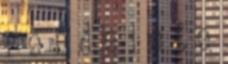
r e n d e l e t e